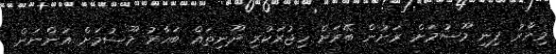
މިހާރު ފިނި މޫސުމަށް ރަށުން ބޭރަށް ހިޖުރަކުރި ދޫނިތައް ބަހާރު މޫސުމަށް އަންނަން